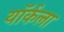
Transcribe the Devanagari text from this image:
यॉर्कला